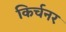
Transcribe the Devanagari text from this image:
किर्चनर